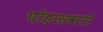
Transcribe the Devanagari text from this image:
घोड़ासवारी